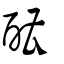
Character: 醩